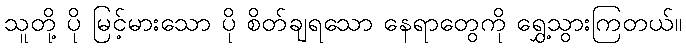
သူတို့ ပို မြင့်မားသော ပို စိတ်ချရသော နေရာတွေကို ရွှေ့သွားကြတယ်။